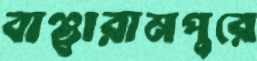
বাঞ্ছারামপুরে